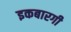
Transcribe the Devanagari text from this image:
इकबारगी